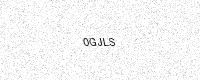
Text: 0GJLS